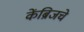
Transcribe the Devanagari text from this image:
केंब्रिजचे